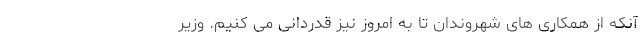
آنکه از همکاری های شهروندان تا به امروز نیز قدردانی می کنیم. وزیر